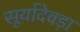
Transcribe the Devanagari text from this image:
सूर्यादेवड़ा